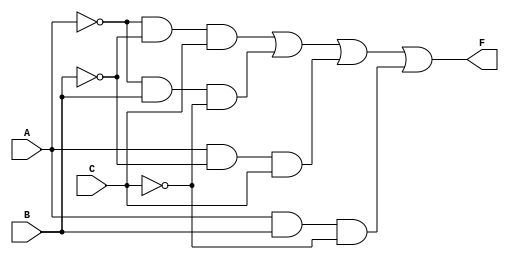
module sop_example (
    input wire A,  // Input A
    input wire B,  // Input B
    input wire C,  // Input C
    output wire F  // Output F
);

// Implementing the simplified SOP expression
assign F = (~A & ~B & C) | (~A & B & ~C) | (A & ~B & C) | (A & B & ~C);

endmodule